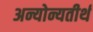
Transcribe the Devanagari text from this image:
अन्योन्यतीर्थ